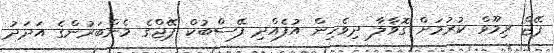
ޕޭޖް ރިމޫވް ކުރުމަށް ގޮވާލާ ދިވެހިން އުފެއްދި ފޭސްބުކް ޕޭޖްގެ މެންބަރުންގެ އަދަދު